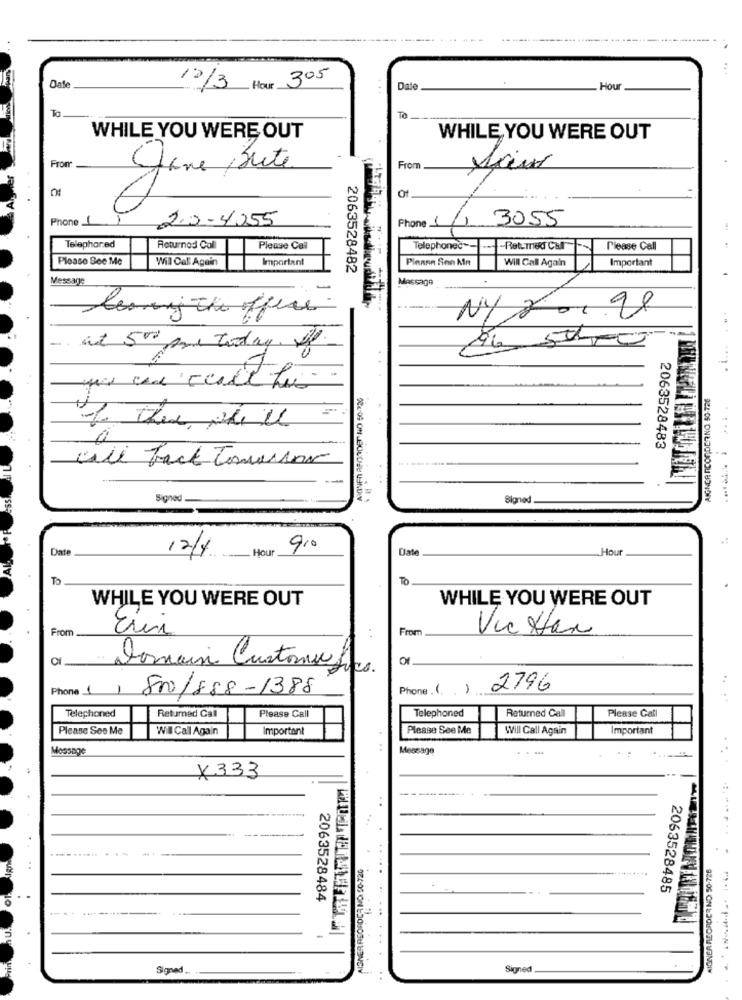
-----
Dale
10/3 Hour 305
Date
Hou
To
WHILE YOU WERE OUT
WHILE YOU WERE OUT
Fron
From
Jane ,Bute
Phone _
20-4055
3055
Phone _
Telephoned
Returnod Call
Please Call
Telephoneč-
-Ret-med Cal
Please Call
:
Please See Me
Will Call Again
Important
Pinane Son Kin
Will Call Again
Important
2063528482
Message
Massage
length offers.
N/ 20.98
-.
at 500 me today. if.
AIGNER RICORDERNO 50-726
& they will
2063528483
call back Tomorrow
Signed -
Słoned
Date
12/4
Hour
9.o
Date
Hour
WHILE YOU WERE OUT
WHILE YOU WERE OUT
From
Eri
Fror
Vic Han
. .
Domain Customwe go
Phone 1
1
810/888-1388
Phone. (. )
2796
Telephoned
Returned Call
Telephoned
Returned Call
Please Call
Please Call
Please See Me
Will Call Again
Important
Please See Me
Will Call Again
Important
Message
Message
..-
X333
NISNER REORDER NO. 90-720
2063528485
2063528484
5
Signed ...
Signed